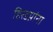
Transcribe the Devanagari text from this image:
हिरडय़ांना